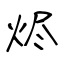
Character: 烬